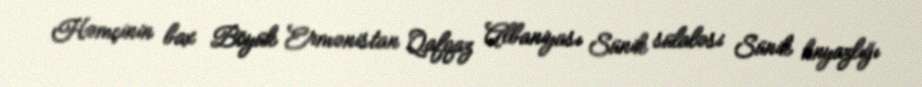
Həmçinin bax Böyük Ermənistan Qafqaz Albaniyası Sünik sülaləsi Sünik knyazlığı